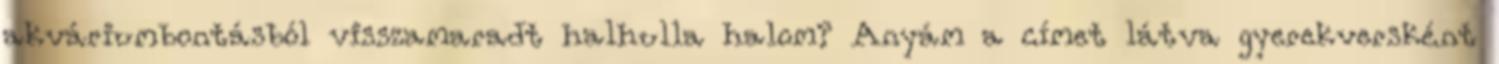
akváriumbontásból visszamaradt halhulla halom? Anyám a címet látva gyerekversként